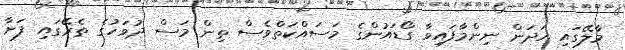
މާލޭގައި ހަދަން ނިންމާފައިވާ ގޯޑައުންގެ މަސައްކަތްވެސް ތިން މަސް ދުވަހުގެ ތެރޭގައި ފަށާ